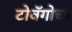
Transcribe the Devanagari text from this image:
टोबॅगोचा